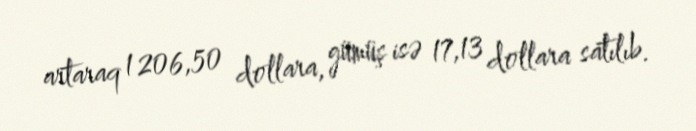
artaraq 1 206,50 dollara, gümüş isə 17,13 dollara satılıb.